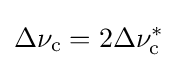
\Delta \nu _{\rm {c}}=2\Delta \nu _{\rm {c}}^{*}